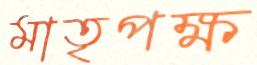
মাতৃপক্ষ